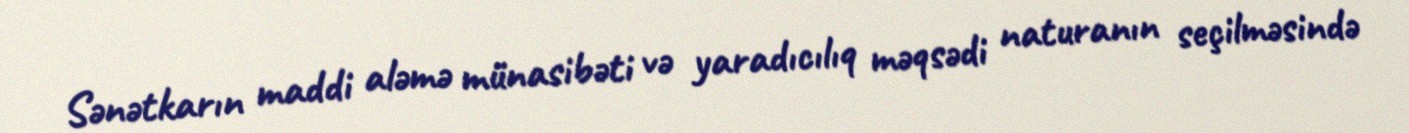
Sənətkarın maddi aləmə münasibəti və yaradıcılıq məqsədi naturanın seçilməsində